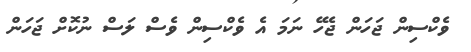
ވެކްސިން ޖަހަން ޖެހޭ ނަމަ އެ ވެކްސިން ވެސް ލަސް ނުކޮށް ޖަހަން